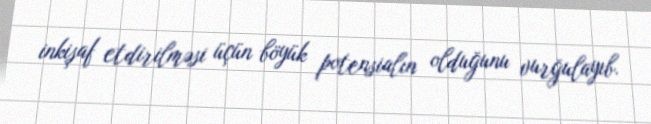
inkişaf etdirilməsi üçün böyük potensialın olduğunu vurğulayıb.